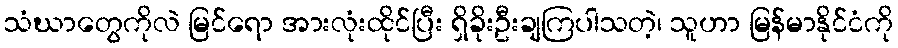
သံဃာတွေကိုလဲ မြင်ရော အားလုံးထိုင်ပြီး ရှိခိုးဦးချကြပါသတဲ့၊ သူဟာ မြန်မာနိုင်ငံကို